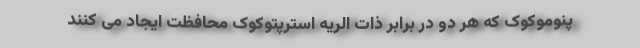
پنوموکوک که هر دو در برابر ذات الریه استرپتوکوک محافظت ایجاد می کنند